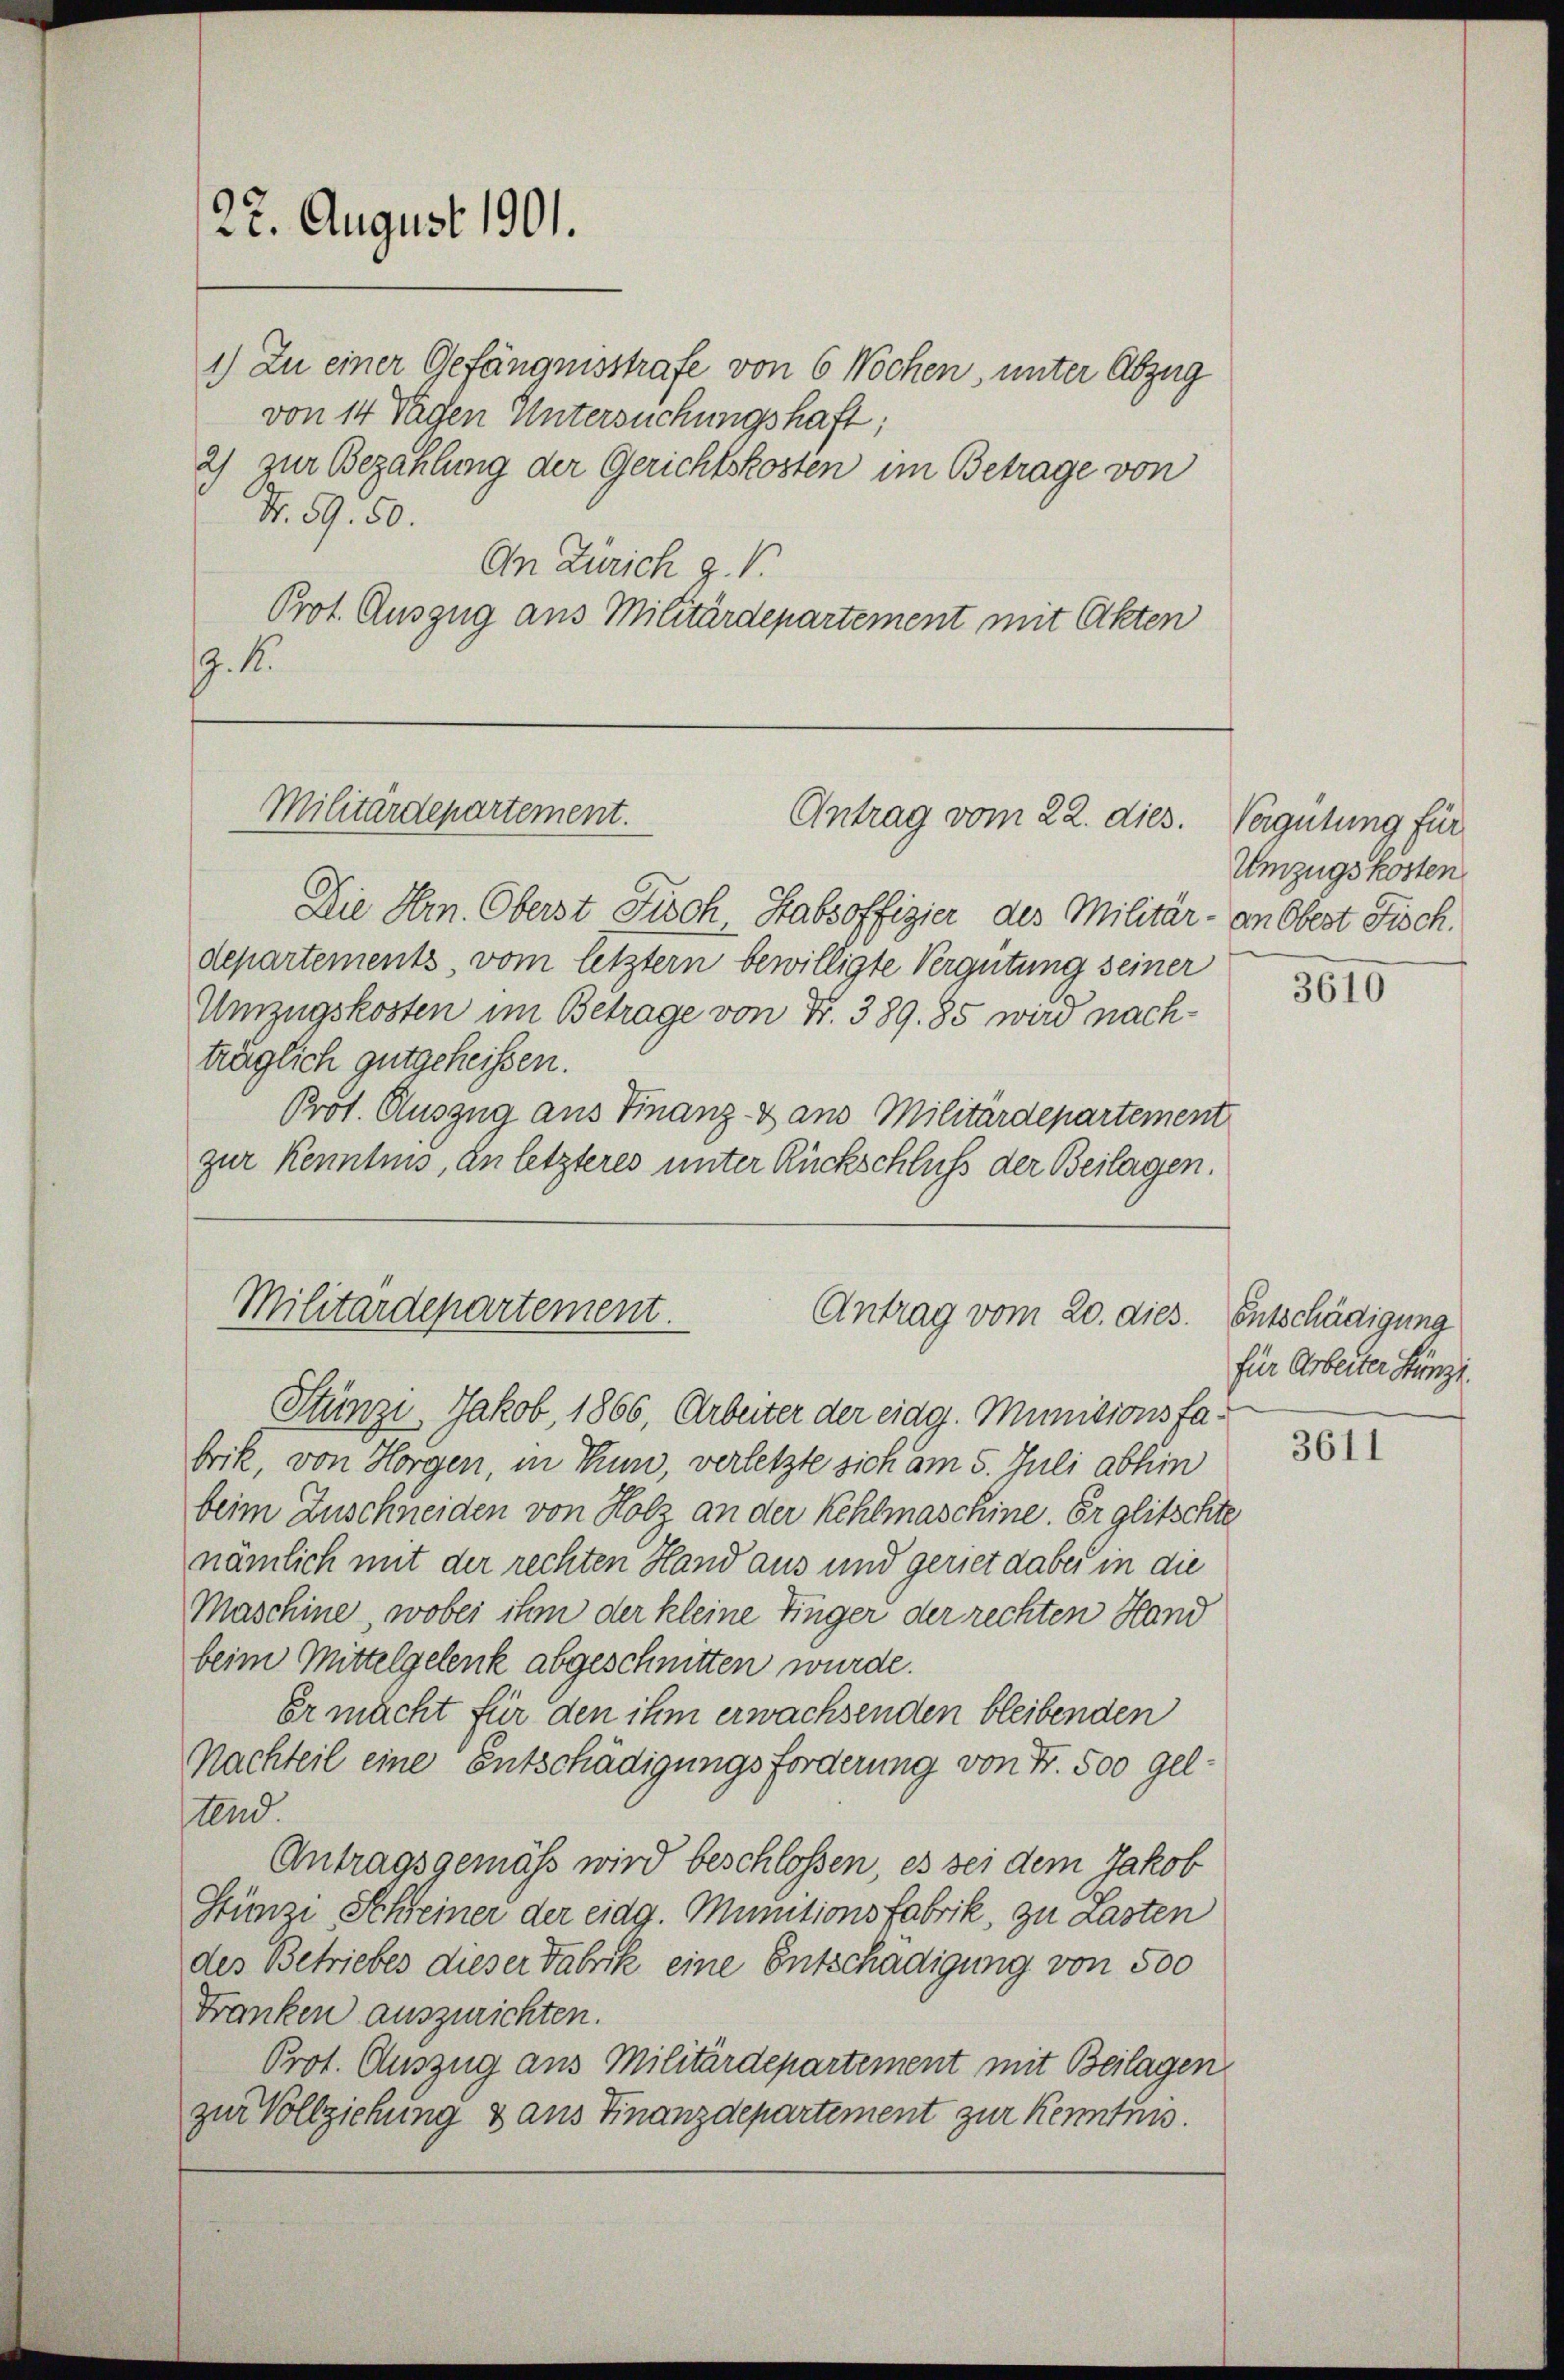
1.) Zu einer Gefängnisstrafe von 6 Wochen, unter Abzug
von 14 Tagen Untersuchungshaft;
2) zur Bezahlung der Gerichtskosten im Betrage von
N. 59. 50.
An Zürich z. B.
Prot. Auszug aus Militärdepartement mit Akten
J. K.

22. August 1901.

Militärdepartement.
Antrag vom 22. dies. Vergütung für

Die Hrn. Oberst Fisch Habsoffizier des Militär - an Obert Fisch.
departements, vom letztern bewilligte Vergütung seiner
Umzugskosten im Betrage von Fr. 389. 85 wird nachträglich gutgeheißen.
Prot. Auszug aus Finanz- & aus Militärdepartement
zur Kenntnis, an letzteres unter Rückschluß der Beilagen.

Militärdepartement.
Antrag vom 20. dies. Entschädigung

Stünzi, Jakob, 1866, Arbeiter der eidg. Munitionsfabrik, von Horgen, in Thun, verletzte sich am 5. Juli abhin
beim Zuschneiden von Holz an der Kehlmaschine. Er glitschte
nämlich mit der rechten Hand aus und geriet dabei in die
Maschine, wobei ihm der kleine Finger der rechten Hand
beim Mittelgelenk abgeschnitten wurde.
Er macht für den ihm erwachsenden bleibenden
Nachteil eine Entschädigungsforderung von Fr. 500 geltend.
Antragsgemäss wird beschlossen, es sei dem Jakob
Stünzi, Schreiner der eidg. Munitionsfabrik, zu Lasten
des Betriebes dieser Fabrik eine Entschädigung von 500
Franken auszurichten.
Prot. Auszug aus Militärdepartement mit Beilagen,
zur Vollziehung & aus Finanzdepartement zur Kenntnis

Umzugskosten

3610

für Arbeiter Stünzi.

3611